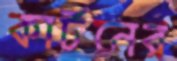
কার্টনের